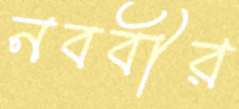
নববীর